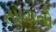
તાણતો